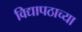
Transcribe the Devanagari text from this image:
विद्यापठाच्या